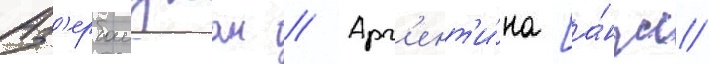
Аз'ербаиджан // Арг'ент'и́на [а́нгл.